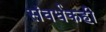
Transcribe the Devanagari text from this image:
संवर्धकही